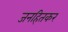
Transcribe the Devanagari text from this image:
जनहितकर